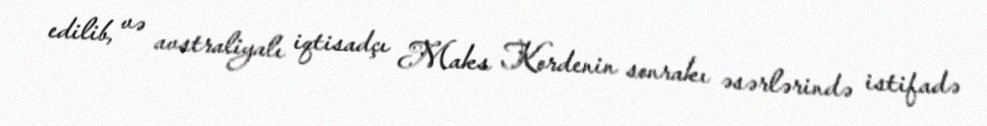
edilib, və avstraliyalı iqtisadçı Maks Kordenin sonrakı əsərlərində istifadə